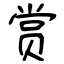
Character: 赏